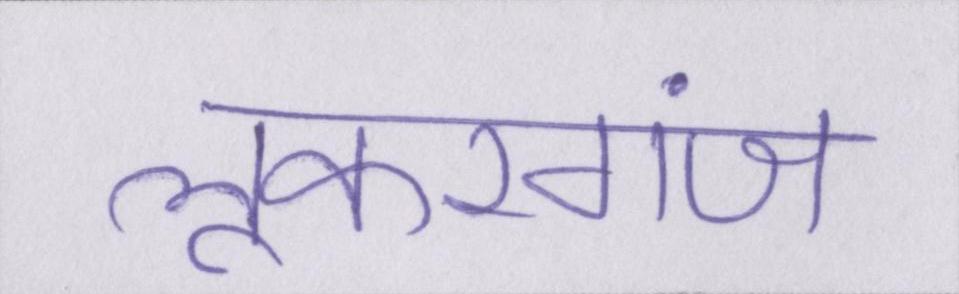
लूकरगंज